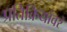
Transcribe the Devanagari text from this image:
प्रतिक्रियांवर